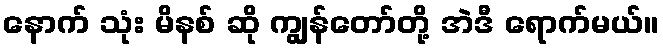
နောက် သုံး မိနစ် ဆို ကျွန်တော်တို့ အဲဒီ ရောက်မယ်။